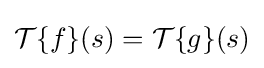
{\textstyle {\mathcal {T}}\{f\}(s)={\mathcal {T}}\{g\}(s)}